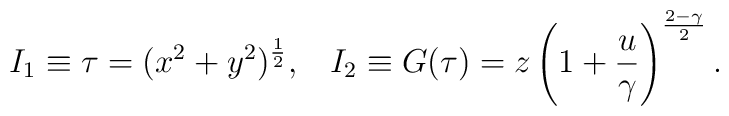
I_1\equiv\tau=(x^2+y^2)^{1\over 2},\;\;\;I_2\equiv G(\tau)=z\left(1+{u\over\gamma}\right)^{{2-\gamma}\over 2}.